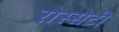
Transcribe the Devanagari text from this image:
रोस्सेटी